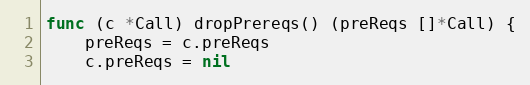
Language: Go
func (c *Call) dropPrereqs() (preReqs []*Call) {
	preReqs = c.preReqs
	c.preReqs = nil